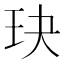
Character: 玦